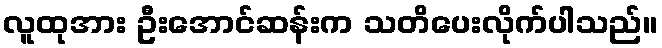
လူထုအား ဦးအောင်ဆန်းက သတိပေးလိုက်ပါသည်။